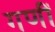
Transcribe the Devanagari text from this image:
गणीं